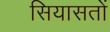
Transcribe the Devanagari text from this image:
सियासतों